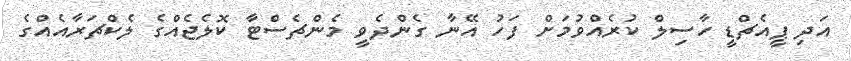
އަދި ޕީއެޗްޑީ ހާސިލް ކުރެއްވުމަށް ފަހު އޭނާ ގެންދެވީ މެންޗެސްޓާ ކޮލެޖެއްގެ ލެކްޗަރާއެއްގެ